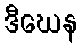
ဒီဃေန